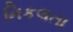
નિકલતા